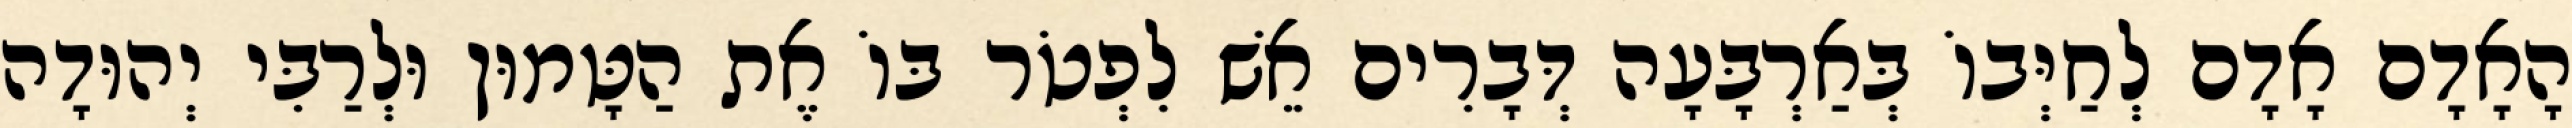
הָאָדָם אָדָם לְחַיְּבוֹ בְּאַרְבָּעָה דְּבָרִים אֵשׁ לִפְטֹר בּוֹ אֶת הַטָּמוּן וּלְרַבִּי יְהוּדָה